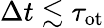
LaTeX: \Delta t\lesssim\tau_{\mathrm{ot}}